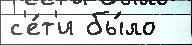
с'е́т'и бы́ло